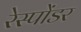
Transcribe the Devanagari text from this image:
रेस्पोंडर